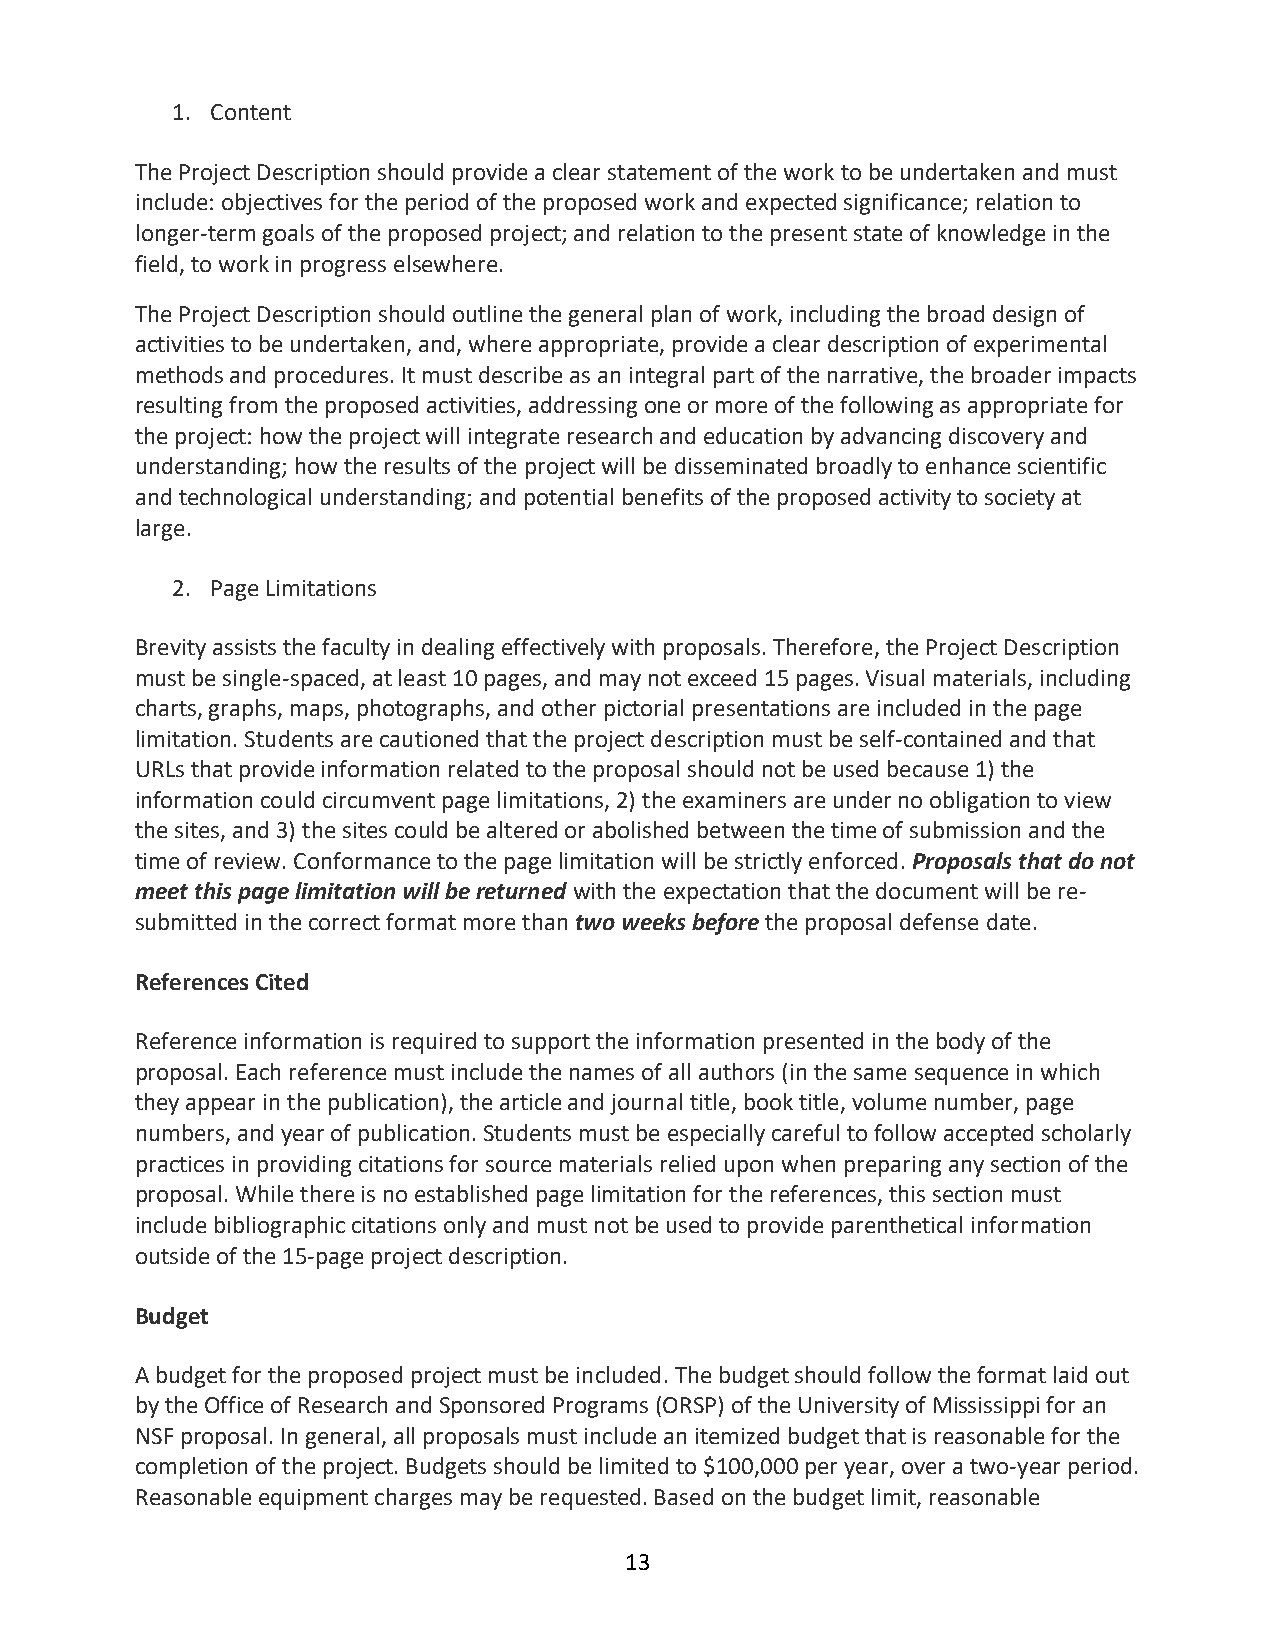
1. Content
 The Project Description should provide a clear statement of the work to be undertaken and must
 include: objectives for the period of the proposed work and expected significance; relation to
 longer-term goals of the proposed project; and relation to the present state of knowledge in the
 field, to work in progress elsewhere.
 The Project Description should outline the general plan of work, including the broad design of
 activities to be undertaken, and, where appropriate, provide a clear description of experimental
 methods and procedures. It must describe as an integral part of the narrative, the broader impacts
 resulting from the proposed activities, addressing one or more of the following as appropriate for
 the project: how the project will integrate research and education by advancing discovery and
 understanding; how the results of the project will be disseminated broadly to enhance scientific
 and technological understanding; and potential benefits of the proposed activity to society at
 large.
 2. Page Limitations
 Brevity assists the faculty in dealing effectively with proposals. Therefore, the Project Description
 must be single-spaced, at least 10 pages, and may not exceed 15 pages. Visual materials, including
 charts, graphs, maps, photographs, and other pictorial presentations are included in the page
 limitation. Students are cautioned that the project description must be self-contained and that
 URLs that provide information related to the proposal should not be used because 1) the
 information could circumvent page limitations, 2) the examiners are under no obligation to view
 the sites, and 3) the sites could be altered or abolished between the time of submission and the
 time of review. Conformance to the page limitation will be strictly enforced. Proposals that do not
 meet this page limitation will be returned with the expectation that the document will be re-
 submitted in the correct format more than two weeks before the proposal defense date.
 References Cited
 Reference information is required to support the information presented in the body of the
 proposal. Each reference must include the names of all authors (in the same sequence in which
 they appear in the publication), the article and journal title, book title, volume number, page
 numbers, and year of publication. Students must be especially careful to follow accepted scholarly
 practices in providing citations for source materials relied upon when preparing any section of the
 proposal. While there is no established page limitation for the references, this section must
 include bibliographic citations only and must not be used to provide parenthetical information
 outside of the 15-page project description.
 Budget
 A budget for the proposed project must be included. The budget should follow the format laid out
 by the Office of Research and Sponsored Programs (ORSP) of the University of Mississippi for an
 NSF proposal. In general, all proposals must include an itemized budget that is reasonable for the
 completion of the project. Budgets should be limited to $100,000 per year, over a two-year period.
 Reasonable equipment charges may be requested. Based on the budget limit, reasonable
 13